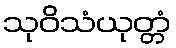
သုဝိသံယုတ္တံ